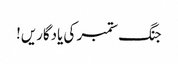
جنگ ستمبر کی یادگاریں!